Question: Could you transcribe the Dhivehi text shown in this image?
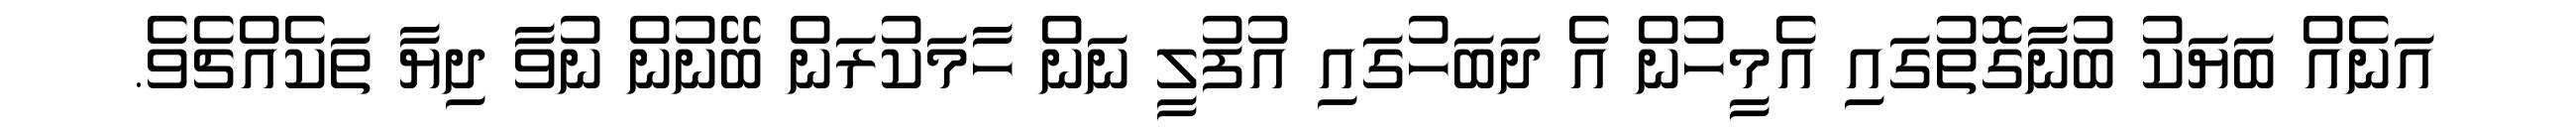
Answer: އަނެއް ބަޔަކު ބުނާގޮތުގައި އެމީހުން އެ ދަބަހުގައި އުފުލީ ނަން ހާމަކުރަން ބޭނުން ނުވާ ދިޔާ ތަކެއްޗެވެ.